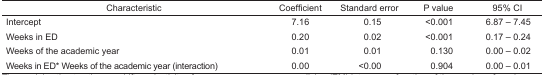
<table><thead><tr><td><b>Characteristic</b></td><td><b>Coefficient</b></td><td><b>Standard error</b></td><td><b>P value</b></td><td><b>95% CI</b></td></tr></thead><tbody><tr><td>Intercept</td><td>7.16</td><td>0.15</td><td>&lt;0.001</td><td>6.87 – 7.45</td></tr><tr><td>Weeks in ED</td><td>0.20</td><td>0.02</td><td>&lt;0.001</td><td>0.17 – 0.24</td></tr><tr><td>Weeks of the academic year</td><td>0.01</td><td>0.01</td><td>0.130</td><td>0.00 – 0.02</td></tr><tr><td>Weeks in ED* Weeks of the academic year (interaction)</td><td>0.00</td><td>&lt;0.00</td><td>0.904</td><td>0.00 – 0.01</td></tr></tbody></table>